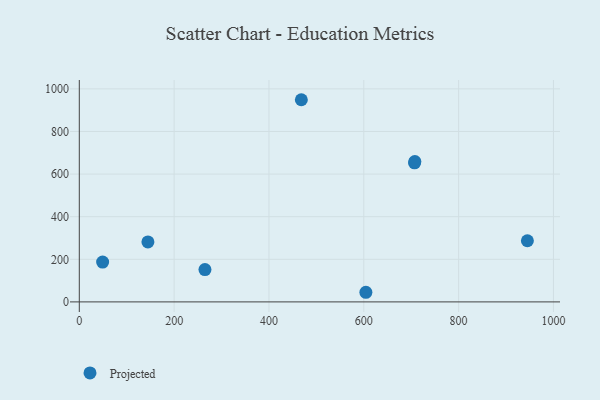
{"axis": {"x": "Study Hours", "y": "Salary"}, "legend": ["Projected"], "data": [{"x": "707.0", "y": 653.0, "type": "Projected"}, {"x": "707.7", "y": 658.7, "type": "Projected"}, {"x": "945.0", "y": 287.1, "type": "Projected"}, {"x": "604.4", "y": 45.2, "type": "Projected"}, {"x": "468.3", "y": 949.0, "type": "Projected"}, {"x": "144.7", "y": 281.7, "type": "Projected"}, {"x": "265.0", "y": 151.6, "type": "Projected"}, {"x": "49.2", "y": 187.0, "type": "Projected"}]}